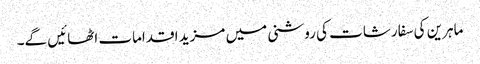
ماہرین کی سفارشات کی روشنی میں مزید اقدامات اٹھائیں گے۔